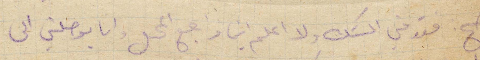
صح: فتنني الشك ولا اعلم اني مراجع المحل وانا يوصلني الى